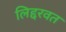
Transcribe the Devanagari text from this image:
लिद्दरवत